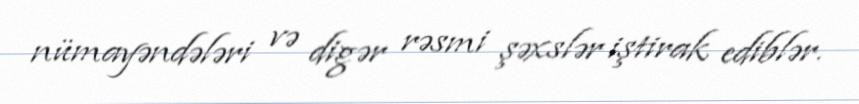
nümayəndələri və digər rəsmi şəxslər iştirak ediblər.